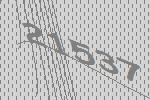
21537